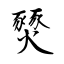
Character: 燹